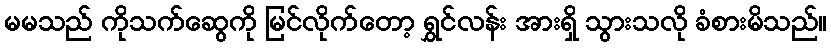
မမသည် ကိုသက်ဆွေကို မြင်လိုက်တော့ ရွှင်လန်း အားရှိ သွားသလို ခံစားမိသည်။